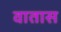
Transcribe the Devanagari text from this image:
वातास